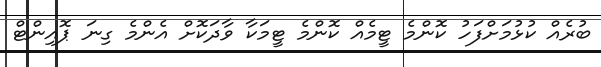
ބުރެއް ކުޅުމަށްފަހު ކޮންމެ ޓީމެއް ކޮންމެ ޓީމަކާ ވާދަކޮށް އެންމެ ގިނަ ޕޮއިންޓް